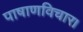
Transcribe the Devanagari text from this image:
पाषाणविचार।